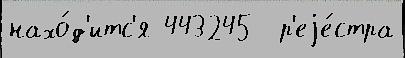
нахо́д'итс'я 443245  р'еjе́стра